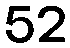
52